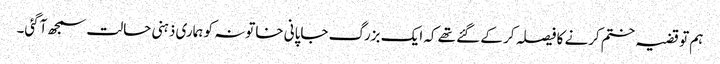
ہم تو قضیہ ختم کرنے کا فیصلہ کر کے گئے تھے کہ ایک بزرگ جاپانی خاتونہ کو ہماری ذہنی حالت سمجھ آگئی۔